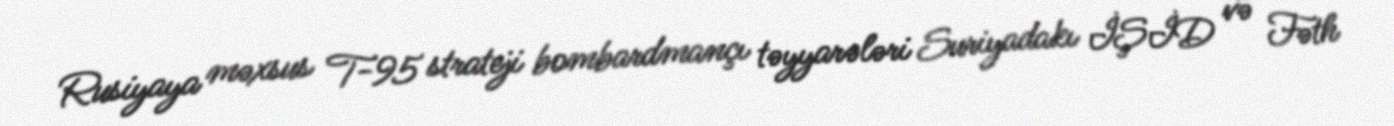
Rusiyaya məxsus T-95 strateji bombardmançı təyyarələri Suriyadakı İŞİD və Fəth